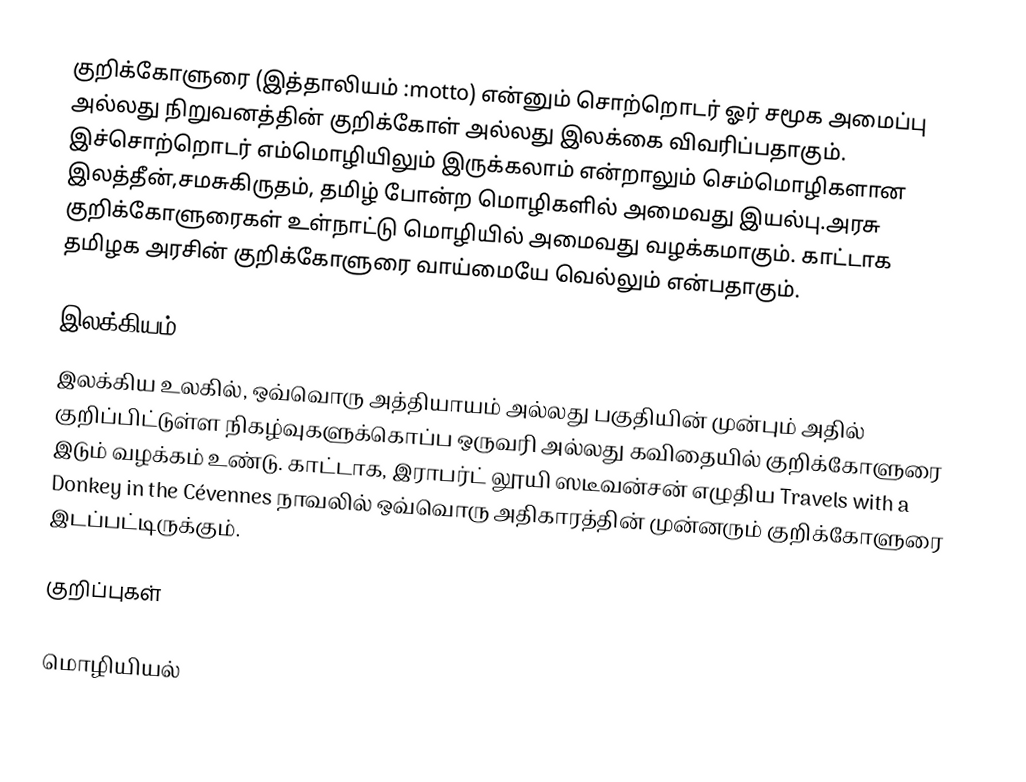
குறிக்கோளுரை (இத்தாலியம் :motto) என்னும் சொற்றொடர் ஓர் சமூக அமைப்பு அல்லது நிறுவனத்தின் குறிக்கோள் அல்லது இலக்கை விவரிப்பதாகும். இச்சொற்றொடர் எம்மொழியிலும் இருக்கலாம் என்றாலும் செம்மொழிகளான இலத்தீன்,சமசுகிருதம், தமிழ் போன்ற மொழிகளில் அமைவது இயல்பு.அரசு குறிக்கோளுரைகள் உள்நாட்டு மொழியில் அமைவது வழக்கமாகும். காட்டாக தமிழக அரசின் குறிக்கோளுரை வாய்மையே வெல்லும் என்பதாகும்.

இலக்கியம்
இலக்கிய உலகில், ஒவ்வொரு அத்தியாயம் அல்லது பகுதியின் முன்பும் அதில் குறிப்பிட்டுள்ள நிகழ்வுகளுக்கொப்ப ஒருவரி அல்லது கவிதையில் குறிக்கோளுரை இடும் வழக்கம் உண்டு. காட்டாக, இராபர்ட் லூயி ஸடீவன்சன் எழுதிய Travels with a Donkey in the Cévennes நாவலில் ஒவ்வொரு அதிகாரத்தின் முன்னரும் குறிக்கோளுரை இடப்பட்டிருக்கும்.

குறிப்புகள்

மொழியியல்